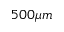
5 0 0 \mu m